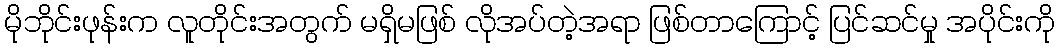
မိုဘိုင်းဖုန်းက လူတိုင်းအတွက် မရှိမဖြစ် လိုအပ်တဲ့အရာ ဖြစ်တာကြောင့် ပြင်ဆင်မှု အပိုင်းကို